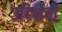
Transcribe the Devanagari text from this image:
उदिनेची